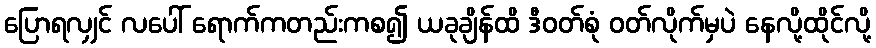
ပြောရလျှင် လပေါ် ရောက်ကတည်းကစ၍ ယခုချိန်ထိ ဒီဝတ်စုံ ဝတ်လိုက်မှပဲ နေလို့ထိုင်လို့